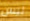
ليس